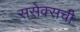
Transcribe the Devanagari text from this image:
ससेक्सची